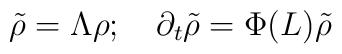
\tilde\rho=\Lambda\rho;\quad\partial_t\tilde\rho=\Phi(L)\tilde\rho